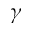
\gamma